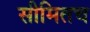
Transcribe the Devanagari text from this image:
सीमितच